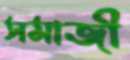
সমাজী